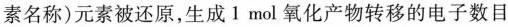
素名称)元素被还原，生成1mol氧化产物转移的电子数目